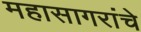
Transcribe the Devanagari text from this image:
महासागरांचे